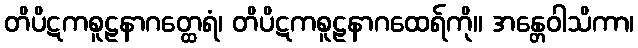
တိပိဋကစူဠနာဂတ္ထေရံ၊ တိပိဋကစူဠနာဂထေရ်ကို။ အန္တေဝါသိကာ၊